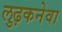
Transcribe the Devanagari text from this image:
लुढ़कनेवा